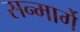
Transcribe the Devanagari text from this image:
सन्मार्गे